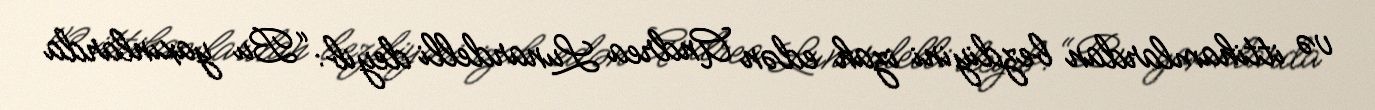
və ittihamlardan bezdiyini izah edən Andrea Lunardelli deyib: “Bu yaxınlarda